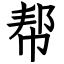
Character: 帮